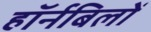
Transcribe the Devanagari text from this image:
हॉर्नबिलों